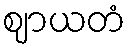
ဈာယတံ